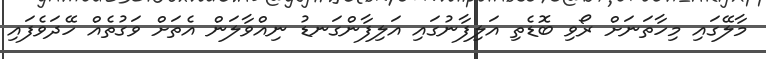
މާލޭގައި މިހާތަނަށް ރޯވި ބޮޑެތި އަލިފާނުގައި އަލިފާންގަނޑު ނިއްވާލަން އެތަށް ވަގުތެއް ހޭދަވެފައި